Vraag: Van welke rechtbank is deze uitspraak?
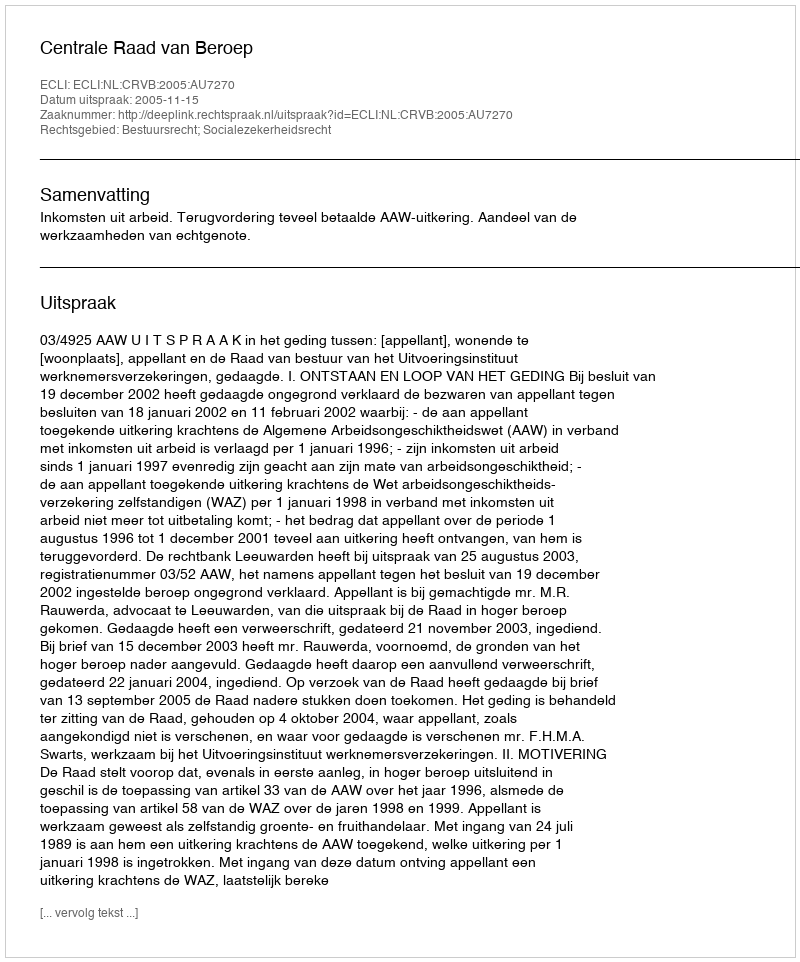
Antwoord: Centrale Raad van Beroep